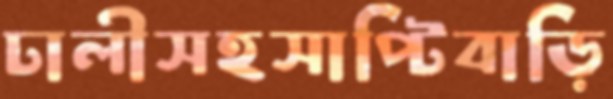
ঢালীসহসাপ্টিবাড়ি